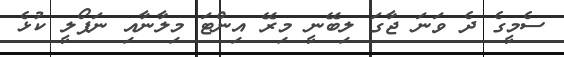
ސެމީގެ ދެ ވަނަ ޖާގަ ލިބޭނީ މިރޭ އިންޓަ މިލާނާއި ނަޕޯލީ ކުޅެ